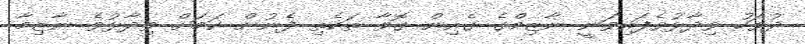
ދުވަހު ވިދާޅުވެފައިވަނީ ނާޒިމްގެ ގެއިން ގޮވާ ތަކެތި ފެނުން ކަމަށް ވިދާޅުވެ ނާޒިމާ